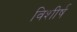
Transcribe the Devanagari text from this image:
विशीर्ष